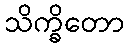
သိက္ခိတော